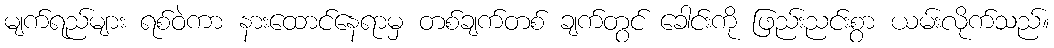
မျက်ရည်များ ရစ်ဝဲကာ နားထောင်နေရာမှ တစ်ချက်တစ် ချက်တွင် ခေါင်းကို ဖြည်းညင်းစွာ ယမ်းလိုက်သည်။